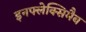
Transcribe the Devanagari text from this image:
इनफ्लेक्सिमैब